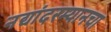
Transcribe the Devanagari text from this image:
नद्यांदरम्यानचा